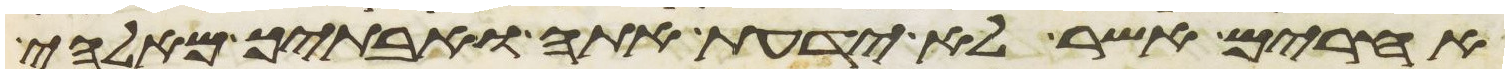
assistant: אחרים אשר לא ידעת אתה ואבתיך מאלהי